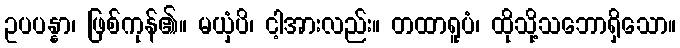
ဥပပန္နာ၊ ဖြစ်ကုန်၏။ မယှံပိ၊ ငါ့အားလည်း။ တထာရူပံ၊ ထိုသို့သဘောရှိသော။